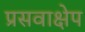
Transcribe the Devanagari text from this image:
प्रसवाक्षेप